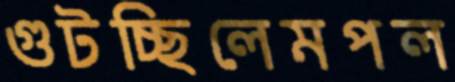
গুটচ্ছিলেমপল